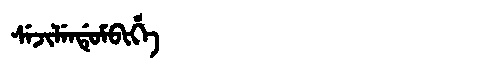
Manchu: ᠰᡝᠵᡳᠯᡝᠨᡩᡠᠮᠪᡳᡥᡝ
Romanization: SEJILENDUMBIHE